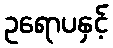
ဥရောပနှင့်